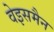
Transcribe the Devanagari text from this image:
वेइसमैन